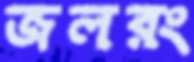
জলরং